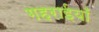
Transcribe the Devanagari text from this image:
गहराईयाँ